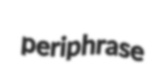
periphrase